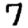
Digit: 7